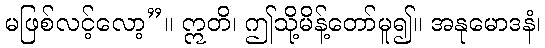
မဖြစ်လင့်လော့”။ ဣတိ၊ ဤသို့မိန့်တော်မူ၍။ အနုမောဒနံ၊